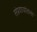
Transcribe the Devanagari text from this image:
संप्रदायांतला